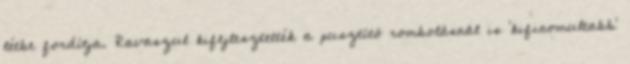
létbe fordítja. Ravaszul kifejlesztették a pusztító rombolásnál is ‘kifino­mul­tabb’